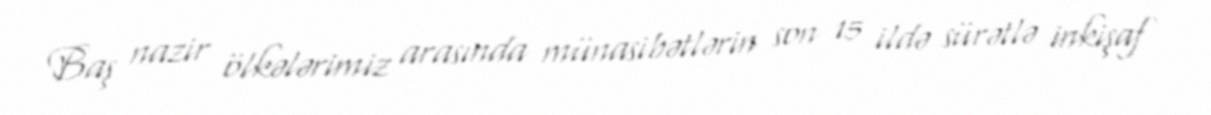
Baş nazir ölkələrimiz arasında münasibətlərin son 15 ildə sürətlə inkişaf